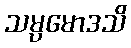
သမ္ပမောဒသိ